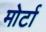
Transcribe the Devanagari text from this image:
मोर्टा